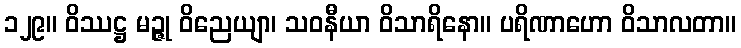
၁၂၉။ ဝိဿဋ္ဌ မဉ္ဇု ဝိညေယျာ၊ သဝနီယာ ဝိသာရိနော။ ပရိဏာဟော ဝိသာလတာ။